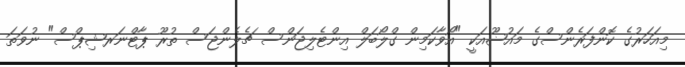
މިއަހަރުގެ ކޮންފަރެންސްގެ މައުޟޫއަކީ "އޯވާކަމިން ގްލޯބަލް އިންޓެލިޖަންސް ޗެލެންޖަސް ތުރޫ ޕާޓްނަރޝިޕްސް" ނުވަތަ